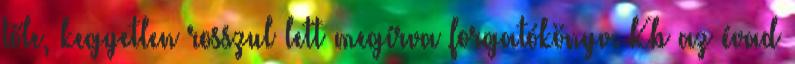
tőle, kegyetlen rosszul lett megírva forgatókönyv. Kb az évad